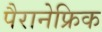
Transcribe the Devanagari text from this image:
पैरानेफ्रिक